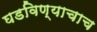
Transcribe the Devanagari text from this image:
घडविण्याचाच